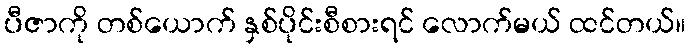
ပီဇာကို တစ်ယောက် နှစ်ပိုင်းစီစားရင် လောက်မယ် ထင်တယ်။